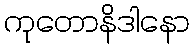
ကုတောနိဒါနော